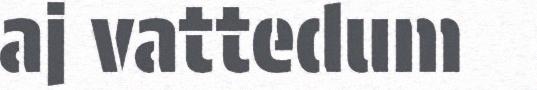
aj vattedum